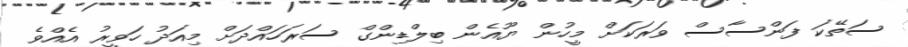
ސަތޭކަ ފަންސާސް ވަރަކަށް މީހުން ޔޫއެން ބިލްޑިންގް ސަރަހައްދަށް މިއަދު ހަވީރު އެއްވެ